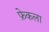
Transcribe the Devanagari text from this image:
फ़ेकला